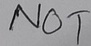
Text: NOT